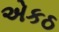
એકઠ